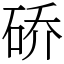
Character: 硚